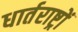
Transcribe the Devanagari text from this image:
धार्तराष्ट्रों